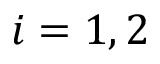
i = 1 , 2